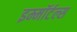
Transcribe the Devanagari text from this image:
इम्मॉर्टल्स